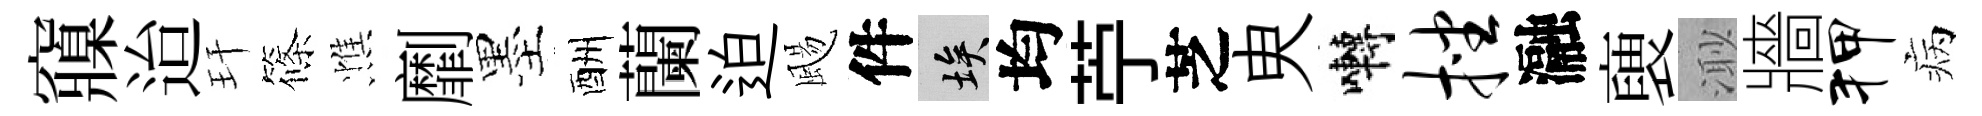
䆿迨玕篠憔劘墨酬蘭迫颺件埃均苧芝㬰囀挫瀜褏𣺌牆狎病